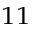
^ { 1 1 }